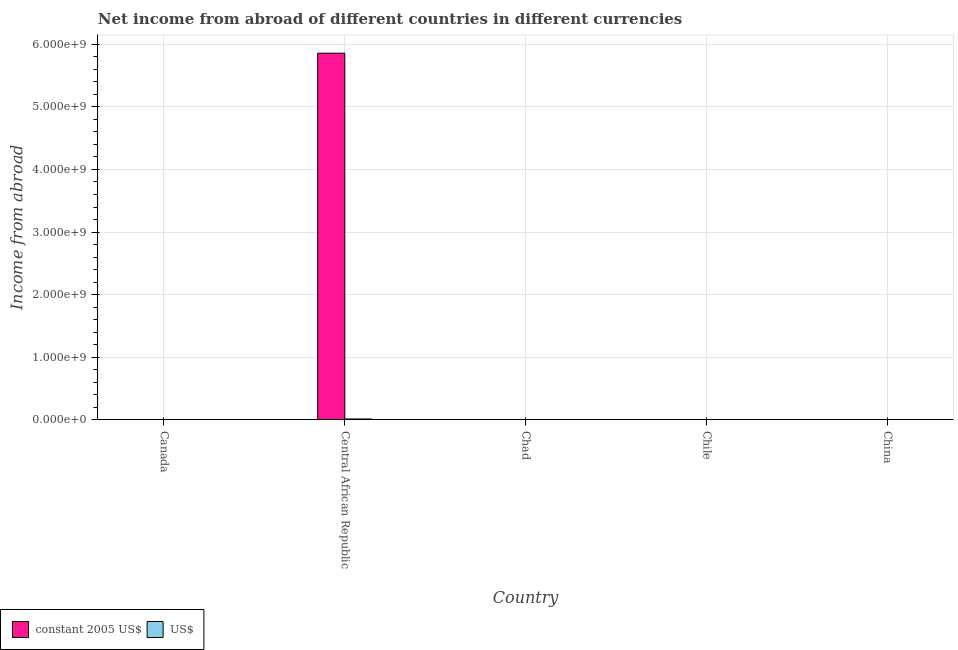
| Country | constant 2005 US$ | US$ |
 | --- | --- | --- |
 | Canada | -3.19e+10 | -3.19e+10 |
 | Central African Republic | 5.86e+09 | 1.15e+07 |
 | Chad | -1.53e+11 | -3e+08 |
 | Chile | -5.49e+12 | -1.13e+10 |
 | China | -1.26e+11 | -1.99e+10 |